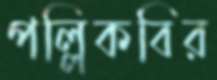
পল্লিকবির